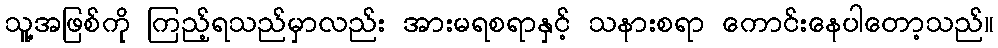
သူ့အဖြစ်ကို ကြည့်ရသည်မှာလည်း အားမရစရာနှင့် သနားစရာ ကောင်းနေပါတော့သည်။